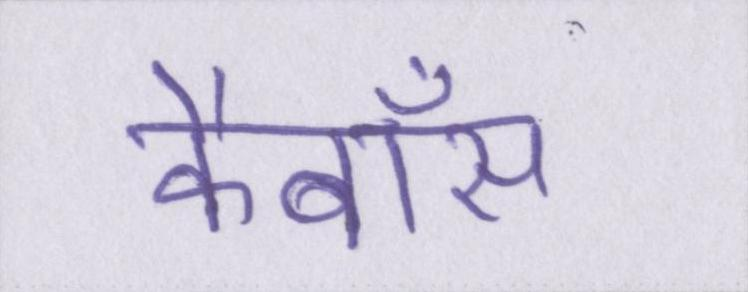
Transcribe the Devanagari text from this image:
कैबॉस